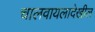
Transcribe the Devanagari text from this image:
चालवायलादेखील